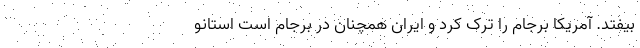
بیفتد. آمریکا برجام را ترک کرد و ایران همچنان در برجام است استانو